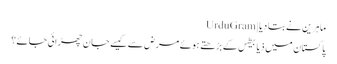
ماہرین نے بتا دیا | UrduGram
پاکستان میں ذیابیطس کے بڑھتے ہوئے مرض سے کیسے جان چھڑائی جائے؟